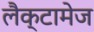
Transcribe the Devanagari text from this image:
लैक्टामेज